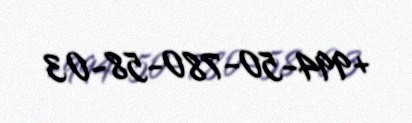
+994-50-780-58-03